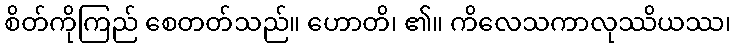
စိတ်ကိုကြည် စေတတ်သည်။ ဟောတိ၊ ၏။ ကိလေသကာလုဿိယဿ၊